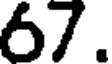
67.